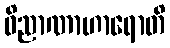
ဝိညာဏာဟာရောတိ